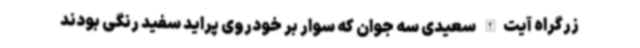
زرگراه آیت‌الله سعیدی سه جوان که سوار بر خودروی پراید سفید رنگی بودند